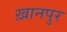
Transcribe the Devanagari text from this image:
ख़ानपुर